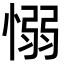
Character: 愵